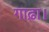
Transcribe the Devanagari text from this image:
गाढ़ा।